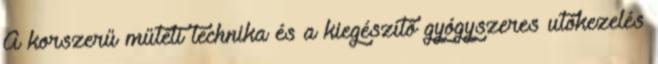
A korszerű műtéti technika és a kiegészítő gyógyszeres utókezelés